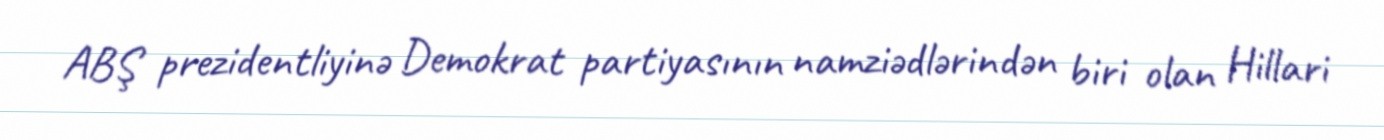
ABŞ prezidentliyinə Demokrat partiyasının namziədlərindən biri olan Hillari